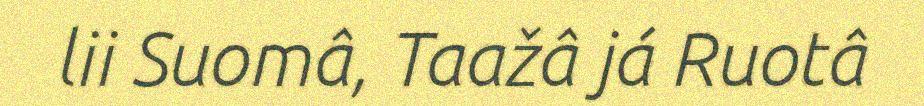
lii Suomâ, Taažâ já Ruotâ